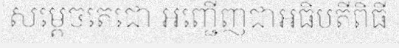
សម្តេចតេជោ អញ្ជើញជាអធិបតីពិធី